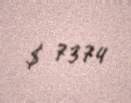
$ 7374